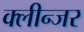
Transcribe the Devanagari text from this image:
क्लीन्जर